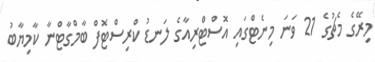
މިރޭގެ މެޗުގެ 21 ވަނަ މިނެޓްގައި އޮސްޓްރިއާގެ ލަނޑު ކްރިސްޓޮފް ބާމްގާޓްނާ ކާމިޔާބު